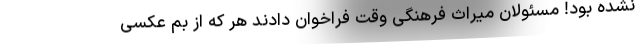
نشده بود! مسئولان میراث فرهنگی وقت فراخوان دادند هر که از بم عکسی